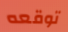
توقعه